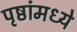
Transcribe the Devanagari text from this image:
पृष्ठांमध्ये